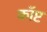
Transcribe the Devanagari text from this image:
कॉप्ट